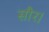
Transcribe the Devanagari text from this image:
सौर।